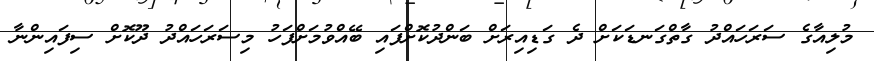
މުލިއާގެ ސަރަހައްދު ގާތްގަނޑަކަށް ދެ ގަޑިއިރަށް ބަންދުކޮށްފައި ބޭއްވުމަށްފަހު މިސަރަހައްދު ދޫކޮށް ސިފައިންނާ